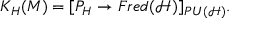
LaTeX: K _ { H } ( M ) = [ P _ { H } \rightarrow F r e d ( { \mathcal { H } } ) ] _ { P U ( { \mathcal { H } } ) } .